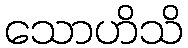
သောဟိသိ